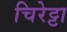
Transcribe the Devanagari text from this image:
चिरेट्टा